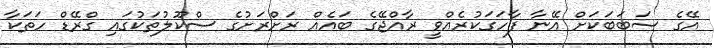
އޭގެ ސަބަބަކަށް އޭނާ ފާހަގަކުރެއްވީ ރާއްޖޭގެ ބައެއް ރަށްރަށުގެ ސްކޫލުތަކުގައި ގްރޭޑް ހަތަކާ